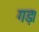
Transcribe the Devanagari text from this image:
गड़।